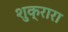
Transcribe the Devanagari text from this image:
शुक्रारा